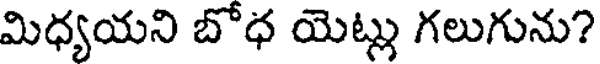
మిధ్యయని బోధ యెట్లు గలుగును?